Report on vaccination in Madras 1895-1903 - 1895-1903
Year: 1895
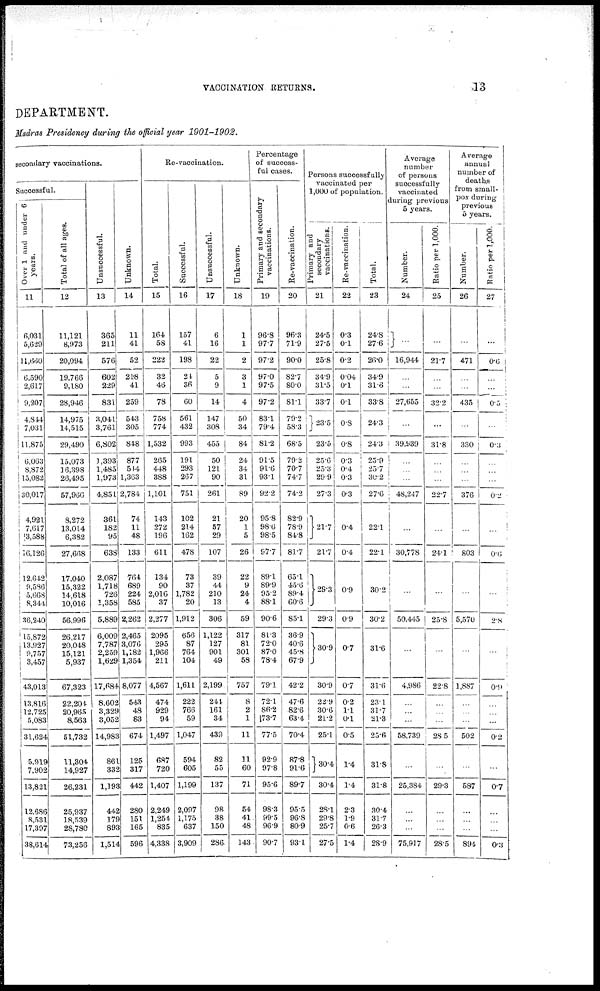
VACCINATION RETURNS.
13
DEPARTMENT.
Madras Presidency during the official year 1901-1902.
secondary vaccinations.
Successful.
Over 1 and under 6
years.
11
6,031
5,629
11,660
6,590
2,617
9,207
4,814
7,031
11,875
6,063
8,872
15,082
30,017
4,921
7,617
3,588
16,126
12,642
9,586
5,668
8,344
36,240
115,872
13,927
9,757
3,457
43,013
13,816
12,725
5,083
31,624
5,919
7,902
13,821
12,686
8,531
17,397
38,614
Total of all ages.
12
11,121
8,973
20,094
19,766
9,180
28,946
14,975
14,515
29,490
15,073
16,398
26,495
57,966
8,272
13,014
6,382
27,668
17,040
15,322
14,618
10,016
56,996
26,217
20,048
15,121
5,937
67,323
22,204
20,965
8,563
51,732
11,304
14,927
26,231
25,937
18,539
28,780
73,256
Unsuccessful.
13
865
211
576
602
229
831
3,041
3,761
6,802
1,393
1,485
1,973
4,851
361
182
95
638
2,087
1,718
726
1,358
5,889
6,009
7,787
2,259
1,629
17,684
8,602
3,329
3,052
14,983
861
332
1,193
442
179
893
1,514
Unknown.
14
11
41
52
218
41
259
543
305
848
877
514
1,363
2,784
74
11
48
133
764
689
224
585
2,262
2,465
3,076
1,182
1,354
8,077
543
48
83
674
125
317
442
280
151
165
596
Re-vaccination.
Total.
15
164
58
222
32
46
78
758
774
1,532
265
448
388
1,101
143
272
196
611
134
90
2,016
37
2,277
2095
295
1,966
211
4,567
474
929
94
1,497
687
720
1,407
2,249
1,254
835
4,338
Successful.
16
157
41
198
24
36
60
561
432
993
191
293
267
751
102
214
162
478
73
37
1,782
20
1,912
656
87
764
104
1,611
222
766
59
1,047
594
605
1,199
2,097
1,175
637
3,909
Unsuccessful.
17
6
16
22
5
9
14
147
308
455
50
121
90
261
21
57
29
107
39
44
210
13
306
1,122
127
901
49
2,199
244
161
34
439
82
55
137
98
38
150
286
Unknown.
18
1
1
2
3
1
4
50
34
84
24
34
31
89
20
1
5
26
22
9
24
4
59
317
81
301
58
757
8
2
1
11
11
60
71
54
41
48
143
Percentage
of success-
ful cases.
Primary and secondary
vaccinations.
19
96.8
97.7
97.2
97.0
97.5
97.2
83.1
79.4
81.2
91.6
91.6
93.1
92.2
95.8
98.6
98.5
97.7
89.1
89.
95.2
88.1
90.6
81.3
72.0
87.0
78.4
79.1
72.1
86.2
73.7
77.5
92.9
97.8
95.6
98.3
99.5
96.9
90.7
Re-vaccination.
20
96.3
71.9
90.0
82.7
80.0
81.1
79.2
58.3
68.5
79.2
70.7
74.7
74.2
82.9
78.9
84.8
81.7
65.1
45.6
89.4
60.6
85.1
36.9
40.6
45.8
67.9
42.2
47.6
82.6
63.4
70.4
87.8
91.6
89.7
95.5
96.8
80.9
93.1
Persons successfully
vaccinated per
1,000 of population
Primary and
secondary
vaccinations.
21
24.5
27.5
25.8
34.9
31.5
33.7
23.5
23.5
25.6
25.3
29.9
273
21.7
21.7
29.3
29.3
30.9
30.9
22.9
30.6
21.2
25.1
30.4
30.4
28.1
29.8
25.7
27.5
Re-vaccination.
22
0.3
0.1
0.2
0.04
0.1
0.1
0.8
0.8
0.3
0.4
0.3
0.3
0.4
0.4
0.9
0.9
0.7
0.7
0.2
1.1
0.1
0.5
1.4
1.4
2.3
1.9
0.6
1.4
Total.
23
24.8
27.6
26.0
34.9
31.6
33.8
24.3
24.3
25.9
25.7
30.2
27.6
22.1
22.1
30.2
30.2
31.6
31.6
23.1
31.7
21.3
25.6
31.8
31.8
30.4
31.7
26.3
28.9
Average
number
of persons
successfully
vaccinated
during previous
5 years.
Number.
24
...
16,944
...
...
27,655
...
39,939
...
...
...
48,247
...
30,778
...
50,445
...
4,986
...
...
...
58,739
...
25,384
...
...
...
75,917
Ratio per 1,000.
25
...
21.7
...
...
32.2
...
31.8
...
...
...
22.7
...
24.1
...
25.8
...
22.8
...
...
...
28.5
...
29.3
...
...
...
28.5
Average
annual
number of
deaths
from small-
pox during
previous
5 years.
Number.
26
...
471
...
...
435
...
330
...
...
...
376
...
803
...
5,570
...
1,887
...
...
...
502
...
587
...
...
...
894
Ratio per 1,000.
27
...
0.6
...
...
0.5
...
0.3
...
...
...
0.2
...
0.6
...
2.8
...
0.9
...
...
...
0.2
...
0.7
...
...
...
0.3